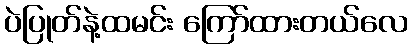
ပဲပြုတ်နဲ့ထမင်း ကြော်ထားတယ်လေ